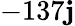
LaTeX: -137\mathbf{j}